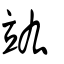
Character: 竑